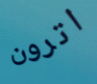
اترون